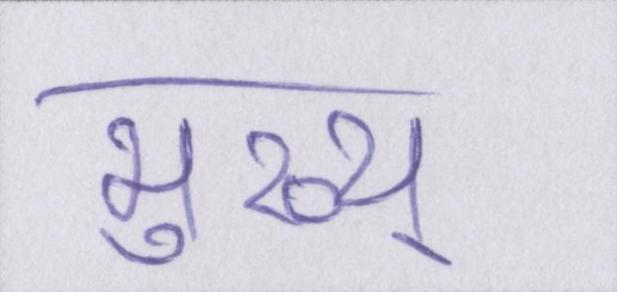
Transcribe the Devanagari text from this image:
मुख्य्